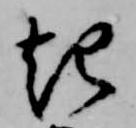
起